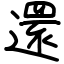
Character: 還